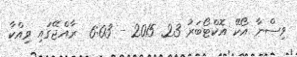
ވިސްނާ އޯކޭ އޮކްޓޯބަރު 23